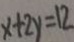
x + 2 y = 1 2